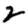
Digit: 2